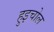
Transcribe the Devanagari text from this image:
हुइचोल